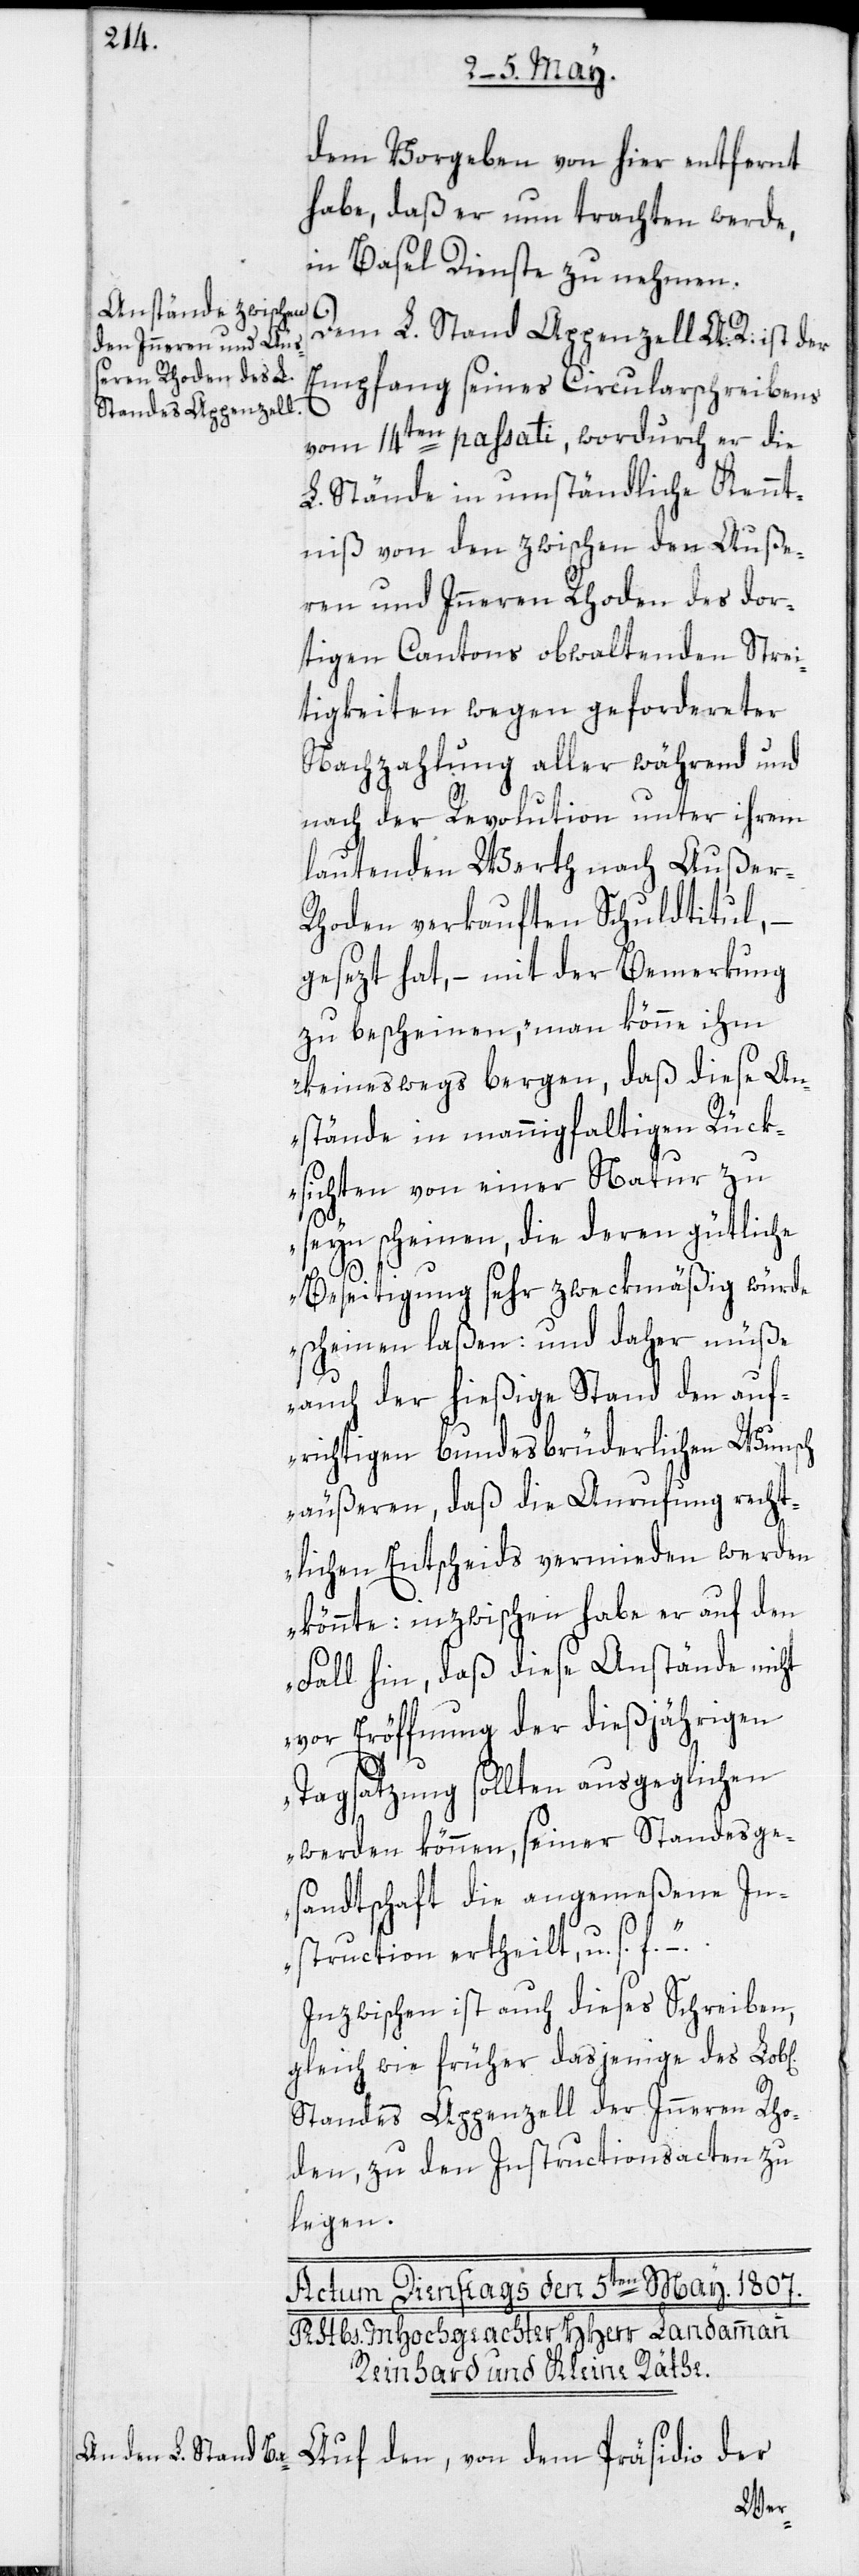
dem Vorgeben von hier entfernt
habe, daß er nun trachten werde,
in Basel Dienst zu nehmen.
Dem L. Stand Appenzell A: R: ist der
Empfang seines Circularschreibens
vom 14ten passati, wordurch er die
L. Stände in umständliche Kennt¬
niß von den zwischen den Auße¬
ren und Inneren Rhoden des dor¬
tigen Cantons obwaltenden Strei¬
tigkeiten wegen gefordereter
Nachzahlung aller während und
nach der Revolution unter ihrem
lautenden Werth nach Außer-R¬
hoden verkauften Schuldtitul,
gesezt hat, – mit der Bemerkung
zu bescheinen, „man könne ihm
keineswegs bergen, daß diese An¬
stände in mannigfaltigen Rück¬
sichten von einer Natur zu
seyn scheinen, die deren gütliche
Beseitigung sehr zweckmäßig würde
scheinen laßen: und daher müße
auch der hießige Stand den auf¬
richtigen bundesbrüderlichen Wunsch
äußeren, daß die Anrufung recht¬
lichen Entscheids vermieden werden
könnte: inzwischen habe er auf den
Fall hin, daß diese Anstände nicht
vor Eröffnung der dießjährigen
Tagsatzung sollten ausgeglichen
werden können, seiner Standesge¬
sandtschaft die angemeßene In¬
struction ertheilt, u. s. f.“
Inzwischen ist auch dieses Schreiben,
gleich wie früher dasjenige des Lob[l¬
Standes Appenzell der Inneren Rho¬
den, zu den Instructionsacten zu
legen.
Auf den, von dem Präsidio der